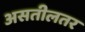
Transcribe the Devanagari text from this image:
असतीलतर